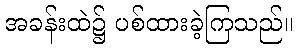
အခန်းထဲ၌ ပစ်ထားခဲ့ကြသည်။